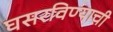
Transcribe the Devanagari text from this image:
घसरविण्याची